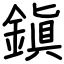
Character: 鎭